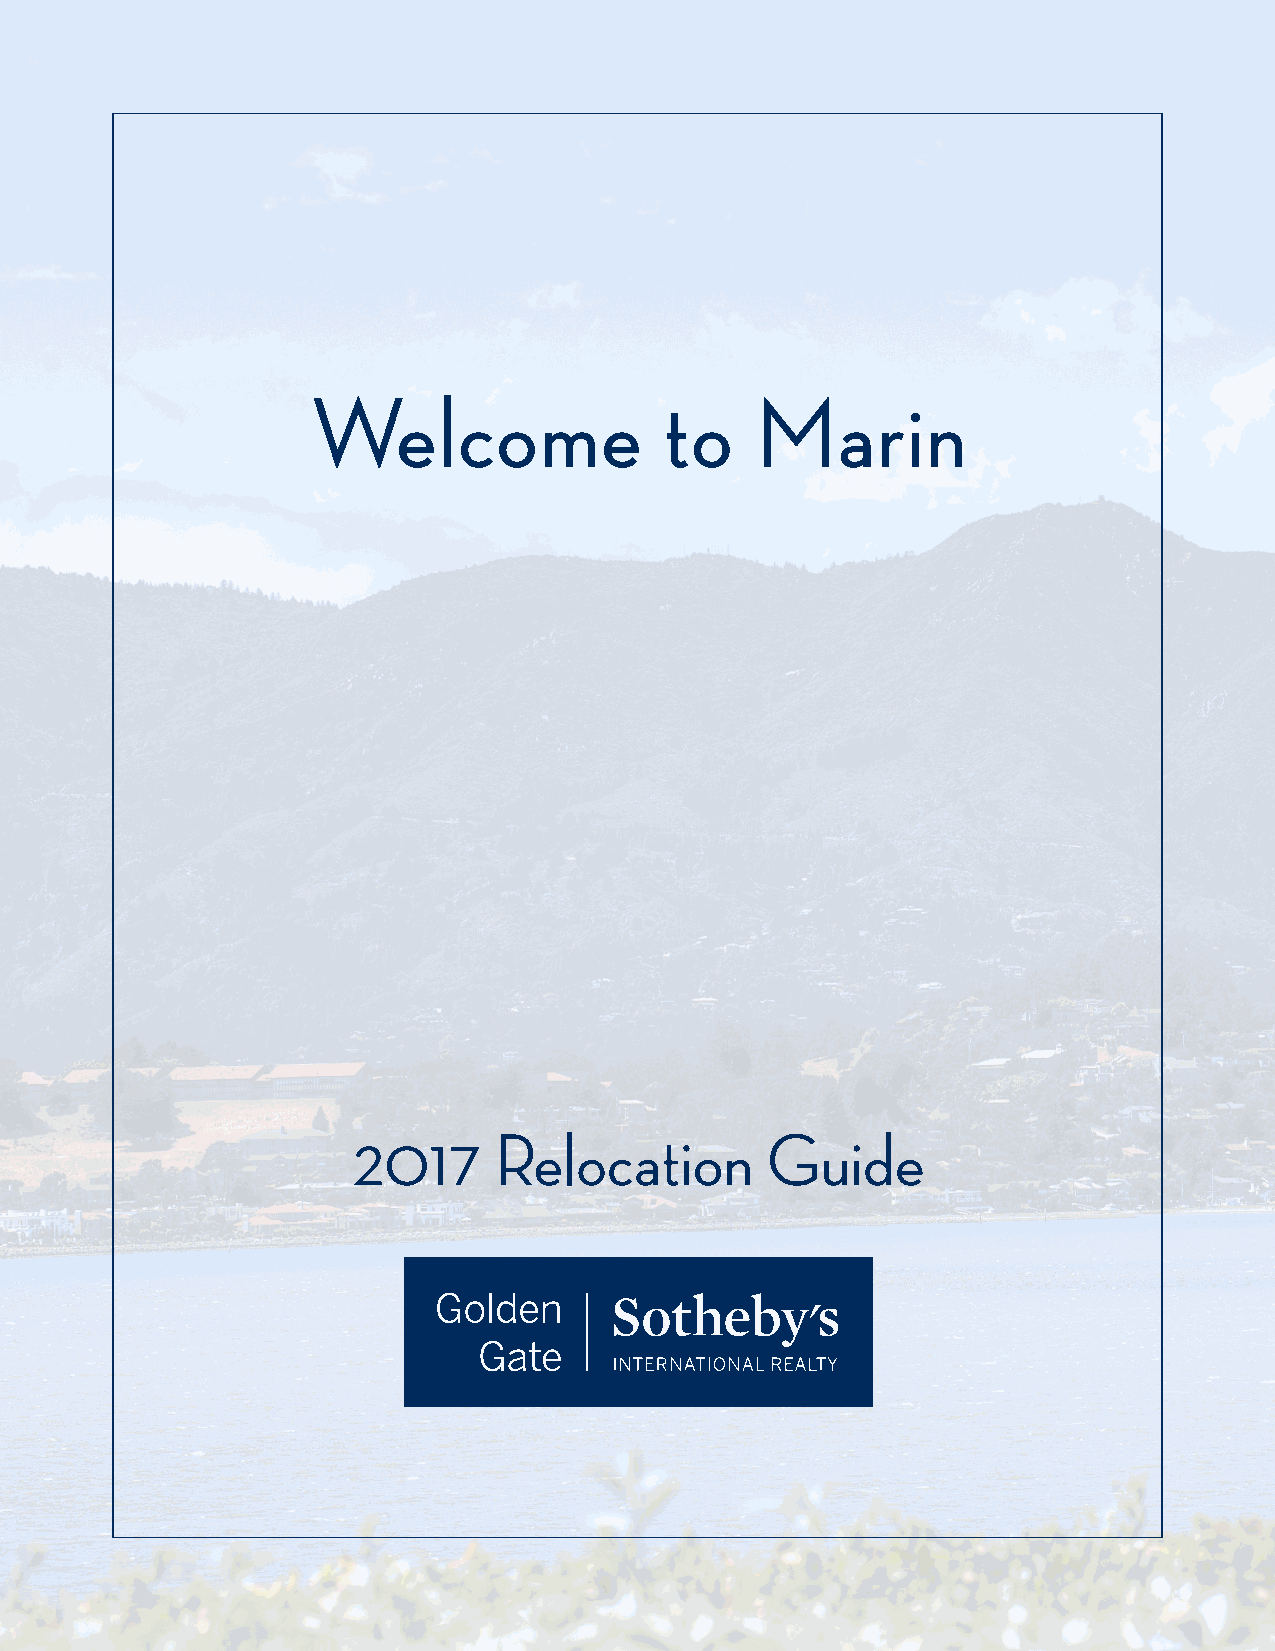
Welcome                to    Marin
 2017      Relocation        Guide